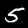
Label: 5